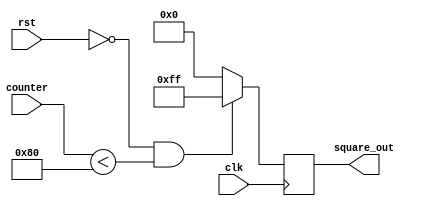
`timescale 1 ps/ 1 ps

module square_wave(clk,
                   rst,
                   counter,
                   square_out);
                   
   input clk,
         rst;
   input [7:0]  counter;
   output reg [7:0] square_out;

   always @(posedge clk) begin
        if (rst == 1'b0  &&  counter < 8'b10000000)
          square_out <= 8'b11111111;
        else
          square_out <= 8'b0;
   end

endmodule